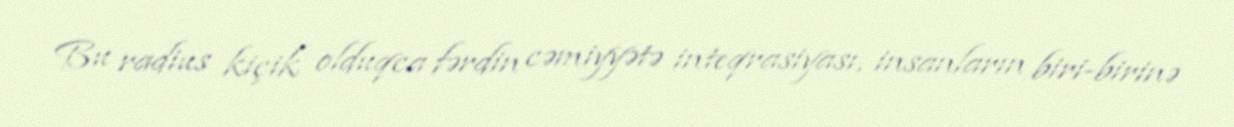
Bu radius kiçik olduqca fərdin cəmiyyətə inteqrasiyası, insanların biri-birinə